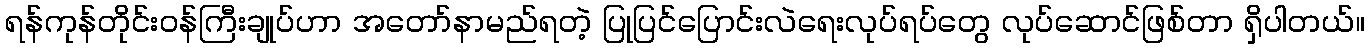
ရန်ကုန်တိုင်းဝန်ကြီးချုပ်ဟာ အတော်နာမည်ရတဲ့ ပြုပြင်ပြောင်းလဲရေးလုပ်ရပ်တွေ လုပ်ဆောင်ဖြစ်တာ ရှိပါတယ်။